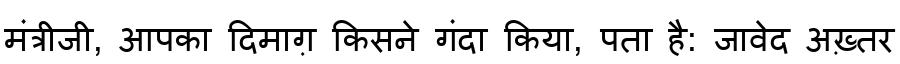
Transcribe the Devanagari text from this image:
मंत्रीजी, आपका दिमाग़ किसने गंदा किया, पता है: जावेद अख़्तर